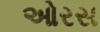
ઓરસ